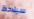
سيلاحظ